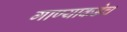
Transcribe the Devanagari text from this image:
गाण्याकडेच